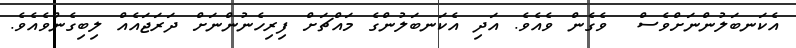
އެކަނބަލުންނަށްވެސް  ވެގެން ވެއެވެ. އަދި އެކަނބަލުންގެ މައްޗަށް ފިރިހެނުންނަށް ދަރަޖައެއް ލިބިގެންވެއެވެ.